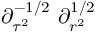
\partial _ { \tau ^ { 2 } } ^ { - 1 / 2 } \ \partial _ { r ^ { 2 } } ^ { 1 / 2 }